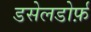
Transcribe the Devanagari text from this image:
डसेलडोर्फ़